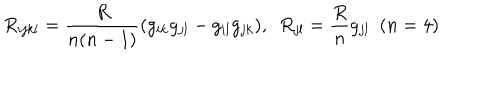
R _ { i j k l } = \frac { R } { n ( n - 1 ) } ( g _ { i k } g _ { j l } - g _ { i l } g _ { j k } ) , ~ ~ R _ { j l } = \frac { R } { n } g _ { j l } ~ ~ ( n = 4 )